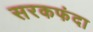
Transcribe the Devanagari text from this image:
सरकफंदा